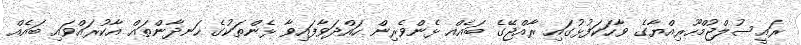
ރައީސުލްޖުމްހޫރިއްޔާގެ ވާހަކަފުޅުގައި ރާއްޖޭގެ ބައެއް ޅެންވެރިން ހައްދަވާފައިވާ ޅެންތަކުގެ ހަނދާންތައް އާކުރައްވައި ބައެއް